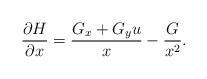
LaTeX: \begin{align*}\frac{\partial H}{\partial x} = \frac{G_x + G_y u}{x} - \frac{G}{x^2}.\end{align*}